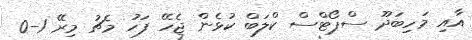
އާއި މަހިބަދޫ ސްޕޯޓްސް ކްލަބް ކުޅެން ޖެހޭ ފަހު މެޗު މިރޭ 1-0